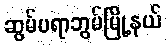
ဆွမ်ပရာဘွမ်မြို့နယ်